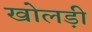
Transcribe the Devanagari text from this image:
खोलड़ी